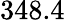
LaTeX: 348.4